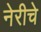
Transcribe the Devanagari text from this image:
नेरीचे